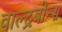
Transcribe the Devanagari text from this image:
वाल्द्रबोन्स